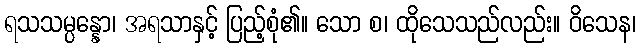
ရသသမ္ပန္နော၊ အရသာနှင့် ပြည့်စုံ၏။ သော စ၊ ထိုသေသည်လည်း။ ဝိသေန၊